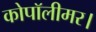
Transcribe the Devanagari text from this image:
कोपॉलीमर।